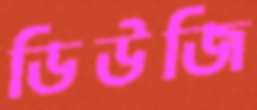
ডিউজি